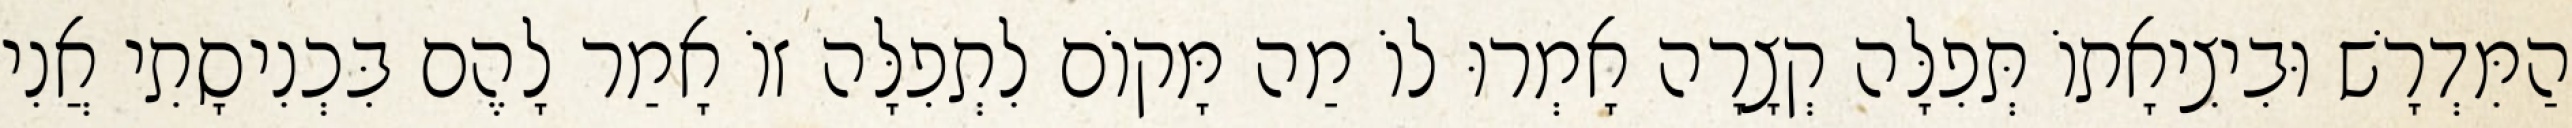
הַמִּדְרָשׁ וּבִיצִיאָתוֹ תְּפִלָּה קְצָרָה אָמְרוּ לוֹ מַה מָּקוֹם לִתְפִלָּה זוֹ אָמַר לָהֶם בִּכְנִיסָתִי אֲנִי